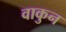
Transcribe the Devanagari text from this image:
वाकुन